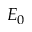
E _ { 0 }